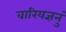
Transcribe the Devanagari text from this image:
वारियज्ञनुं